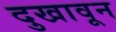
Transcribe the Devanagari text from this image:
दुखावून